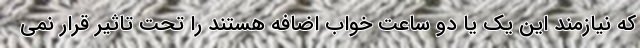
که نیازمند این یک یا دو ساعت خواب اضافه هستند را تحت تاثیر قرار نمی